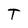
Character: T